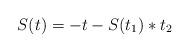
LaTeX: \begin{align*}S(t)=-t-S(t_1)\ast t_2\end{align*}